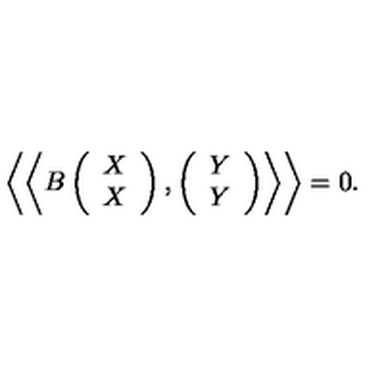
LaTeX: \left\langle \left\langle B \left( \begin{array} { c } { X } \\ { X } \\ \end{array} \right) , \left( \begin{array} { c } { Y } \\ { Y } \\ \end{array} \right) \right\rangle \right\rangle = 0 .